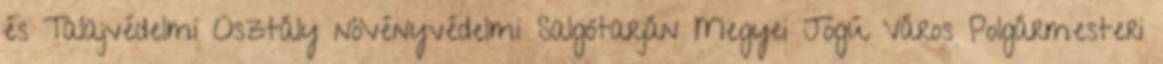
és Talajvédelmi Osztály növényvédelmi Salgótarján Megyei Jogú Város Polgármesteri